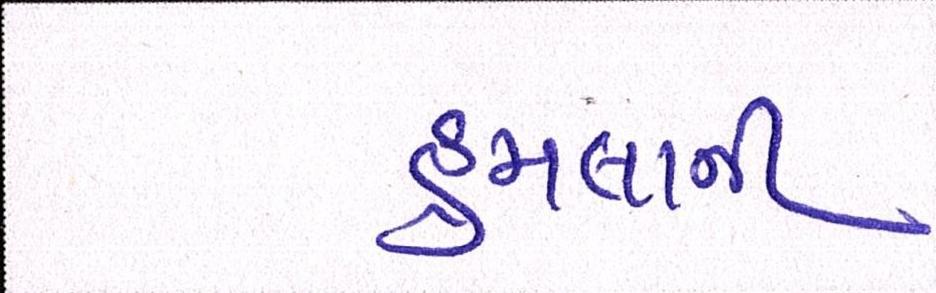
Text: હુમલાની